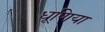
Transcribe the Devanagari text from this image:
धूणिया